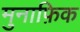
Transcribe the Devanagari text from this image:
मुनाफ़िक